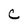
Character: C